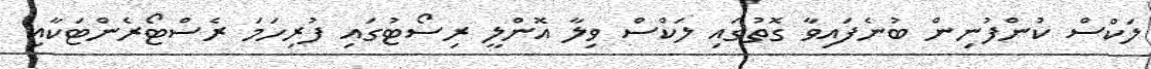
ލަކްސް ކުންފުނިން ބުނެފައިވާ ގޮތުގައި ލަކްސް ވިލާ އޮންލީ ރިސޯޓުގައި ފުރިހަމަ ރެސްޓޯރެންޓަކާއި